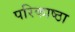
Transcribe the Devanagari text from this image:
परिकाष्ठा